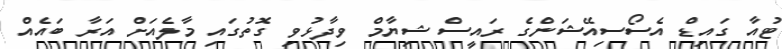
ޓުއާ ގައިޑް އެސޯސިއޭޝަންގެ ރައީސް ޝިޔާމް ވިދާޅުވި ގޮތުގައި މާލެއަށް އަރާ ބައެއް